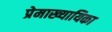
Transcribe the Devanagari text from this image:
प्रेमाख्यायिका